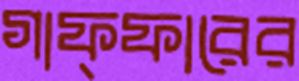
গাফ্ফারের